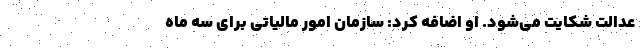
عدالت شکایت می‌شود. او اضافه کرد: سازمان امور مالیاتی برای سه ماه